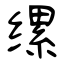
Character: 缧